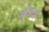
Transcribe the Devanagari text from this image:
क्षेत्रया